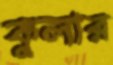
কুলার